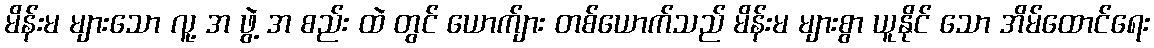
မိန်းမ များသော လူ့ အ ဖွဲ့ အ စည်း ထဲ တွင် ယောက်ျား တစ်ယောက်သည် မိန်းမ များစွာ ယူနိုင် သော အိမ်ထောင်ရေး